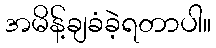
အမိန့်ချခံခဲ့ရတာပါ။